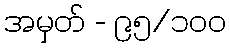
အမှတ် - ၉၅/၁၀၀